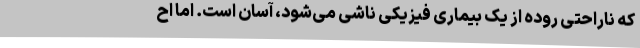
که ناراحتی روده از یک بیماری فیزیکی ناشی می‌شود، آسان است. اما اح